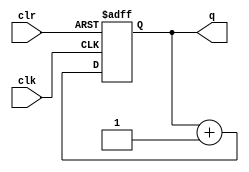
`timescale 1ns / 1ps
//////////////////////////////////////////////////////////////////////////////////
// Company: 
// Engineer: 
// 
// Design Name: 
// Module Name:    counterN 
// Project Name: 
// Target Devices: 
// Tool versions: 
// Description: 
//
// Dependencies: 
//
// Revision: 
// Revision 0.01 - File Created
// Additional Comments: 
//
//////////////////////////////////////////////////////////////////////////////////
module counterN
	#(parameter N = 4) (
		input wire clr ,
		input wire clk ,
		output reg [N-1:0] q
	);
	
	// N-bit counter
	always @(posedge clk or posedge clr)
	begin
		if (clr == 1)
			q <= 0;
		else
			q <= q + 1;
	end
endmodule